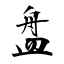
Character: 盘